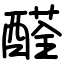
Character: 醛